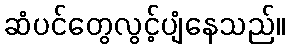
ဆံပင်တွေလွင့်ပျံနေသည်။